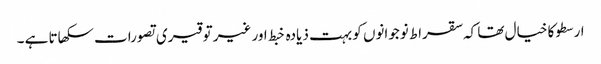
ارسطو کا خیال تھا کہ سقراط نوجوانوں کو بہت ذیادہ خبط اور غیر توقیری تصورات سکھاتا ہے ۔